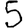
Digit: 5